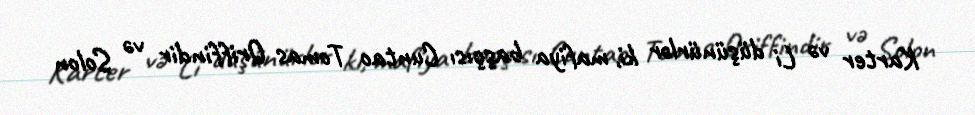
Karter və Li düşünürlər ki, mafiya başçısı Cuntao Tomas Qriffindir və Solon